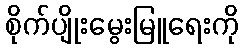
စိုက်ပျိုးမွေးမြူရေးကို